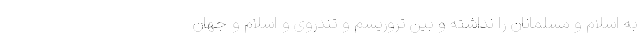
به اسلام و مسلمانان را نداشته و بین تروریسم و تندروی و اسلام و جهان